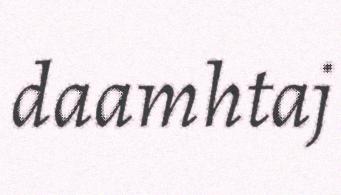
daamhtaj